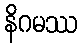
နိဂမဿ